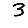
Digit: 3